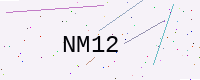
Text: NM12